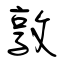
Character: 敦